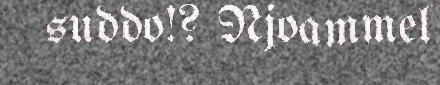
suddo!? Njoammel